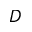
D